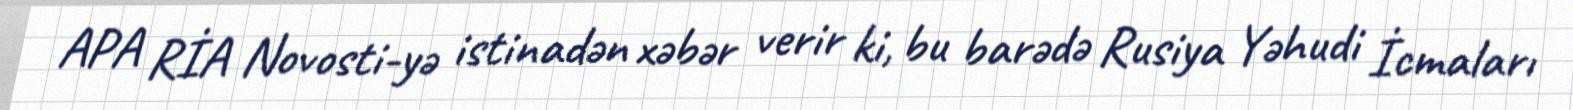
APA RİA Novosti-yə istinadən xəbər verir ki, bu barədə Rusiya Yəhudi İcmaları